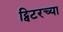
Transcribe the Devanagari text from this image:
ट्विटरच्या